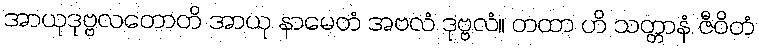
အာယုဒုဗ္ဗလတောတိ အာယု နာမေတံ အဗလံ ဒုဗ္ဗလံ။ တထာ ဟိ သတ္တာနံ ဇီဝိတံ